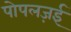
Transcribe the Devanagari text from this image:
पोपलज़ई